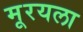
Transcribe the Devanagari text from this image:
मूरयला